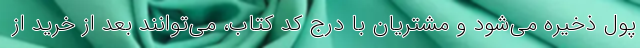
پول ذخیره می‌شود و مشتریان با درج کد کتاب، می‌توانند بعد از خرید از